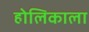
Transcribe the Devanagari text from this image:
होलिकाला